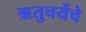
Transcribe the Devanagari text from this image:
ऋतुचर्येचे